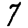
Digit: 7